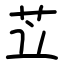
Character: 苙